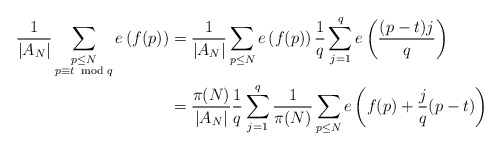
\begin{align*}\frac{1}{|A_N|} \sum\limits_{\substack{ p \leq N \\ p \equiv t \,\, \bmod q}} e\left( f(p) \right) &= \frac{1}{|A_N|}\sum_{p \leq N} e \left( f(p) \right) \frac{1}{q} \sum_{j=1}^q e \left( \frac{(p-t)j}{q} \right) \\&= \frac{\pi(N)}{|A_N|} \frac{1}{q} \sum_{j=1}^q \frac{1}{\pi(N)} \sum_{p \leq N} e \left( f (p) + \frac{j}{q}(p-t) \right)\end{align*}